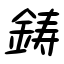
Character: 鋳